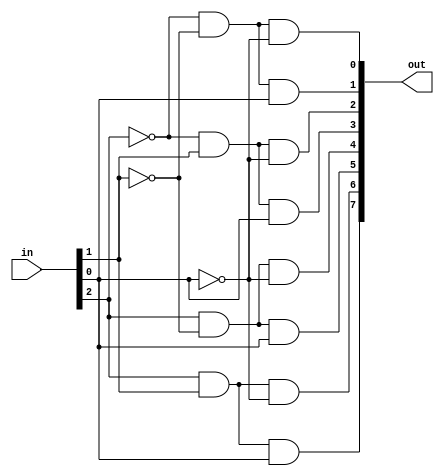
// 3 to 8 decoder
// Turns a 3-bit input into a one-hot 8-bit output

module decoder_3_8 (out, in);
  output [7:0] out;
  input [2:0] in;

  assign out[0] = ~in[2] & ~in[1] & ~in[0];
  assign out[1] = ~in[2] & ~in[1] &  in[0];
  assign out[2] = ~in[2] &  in[1] & ~in[0];
  assign out[3] = ~in[2] &  in[1] &  in[0];
  assign out[4] =  in[2] & ~in[1] & ~in[0];
  assign out[5] =  in[2] & ~in[1] &  in[0];
  assign out[6] =  in[2] &  in[1] & ~in[0];
  assign out[7] =  in[2] &  in[1] &  in[0];

endmodule